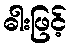
ဓါးဖြင့်